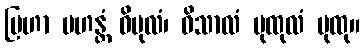
ဗြဟာ မဟန္တံ ဝိပုလံ၊ ဝိသာလံ ပုထုလံ ပုထု။